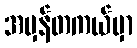
အမှန်တကယ်မှာ